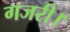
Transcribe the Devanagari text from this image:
गजरी।